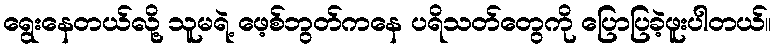
ရွေးနေတယ်လို့ သူမရဲ့ ဖေ့စ်ဘွတ်ကနေ ပရိသတ်တွေကို ပြောပြခဲ့ဖူးပါတယ်။